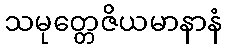
သမုတ္တေဇိယမာနာနံ